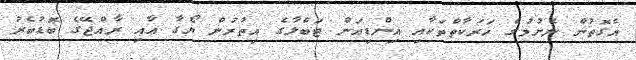
އެގޮތުން ނެށުމުގެ ހަރަކާތްތަކާއި އިންޑިއަން ޓަބްލާގެ އިތުރުން ޔޯގާ އާއި ރާއްޖޭގެ ބޮޑުބެރު